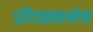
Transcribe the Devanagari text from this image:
प्रतिआकर्मण